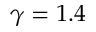
\gamma = 1 . 4